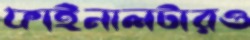
ফাইনালটারও